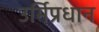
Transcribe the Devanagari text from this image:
उर्मिप्रधान